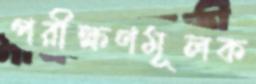
পরীক্ষণমূলক